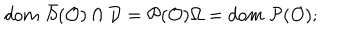
d o m \, \, \bar { S } ( \mathcal { O } ) \cap \mathcal { D } = \mathcal { P } ( \mathcal { O } ) \Omega = d o m \, \, \mathcal { P } ( \mathcal { O } ) ;